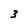
Character: 3